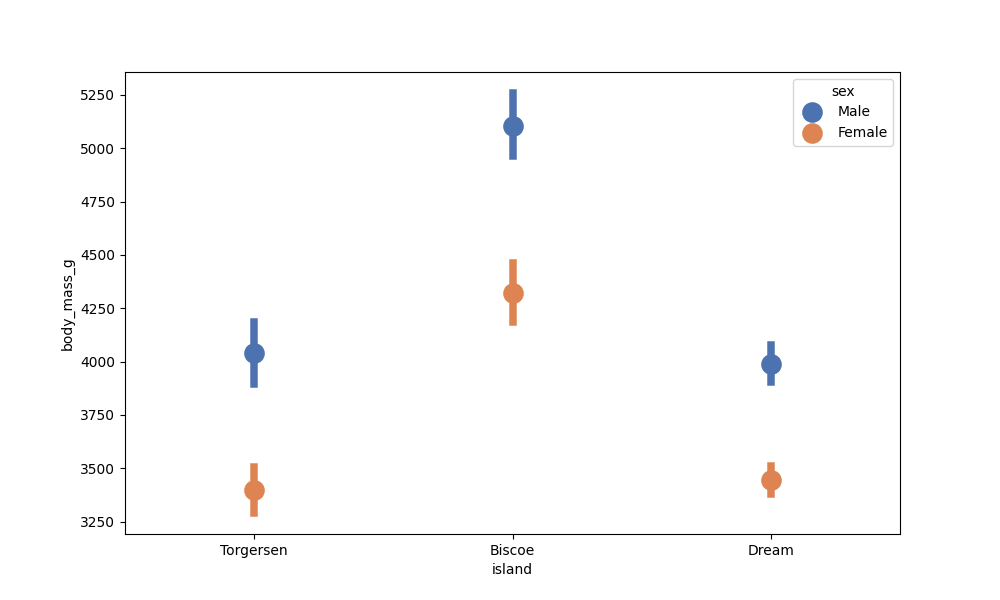
python, seaborn, pointplot, scale=2.0, join=False, hue='sex', palette='deep'